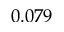
0 . 0 7 9